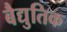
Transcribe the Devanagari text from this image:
बैद्युतिक